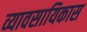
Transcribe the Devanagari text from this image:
व्यावसायिकास